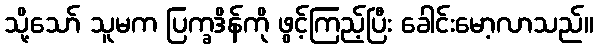
သို့သော် သူမက ပြက္ခဒိန်ကို ဖွင့်ကြည့်ပြီး ခေါင်းမော့လာသည်။